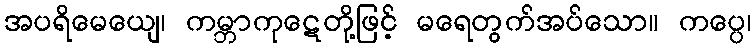
အပရိမေယျေ၊ ကမ္ဘာကုဋေတို့ဖြင့် မရေတွက်အပ်သော။ ကပ္ပေ၊